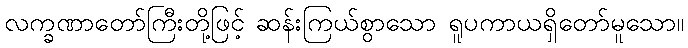
လက္ခဏာတော်ကြီးတို့ဖြင့် ဆန်းကြယ်စွာသော ရူပကာယရှိတော်မူသော။